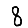
Digit: 8